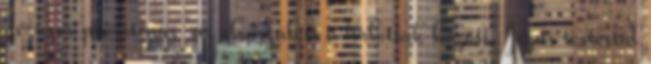
Jézus a prototípus az elsőszülött a halottak között. Jézus testestül